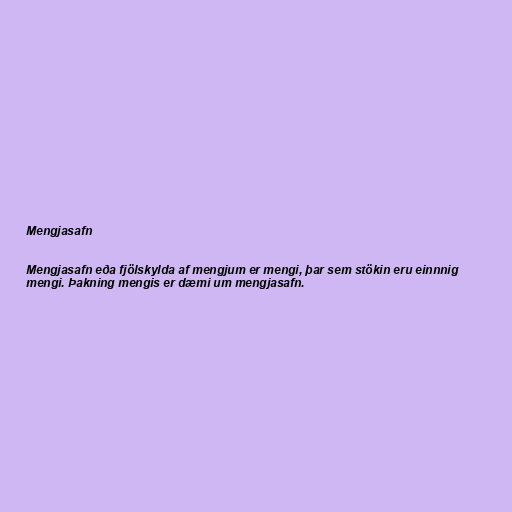
Mengjasafn

Mengjasafn eða fjölskylda af mengjum er mengi, þar sem stökin eru einnnig
mengi. Þakning mengis er dæmi um mengjasafn.